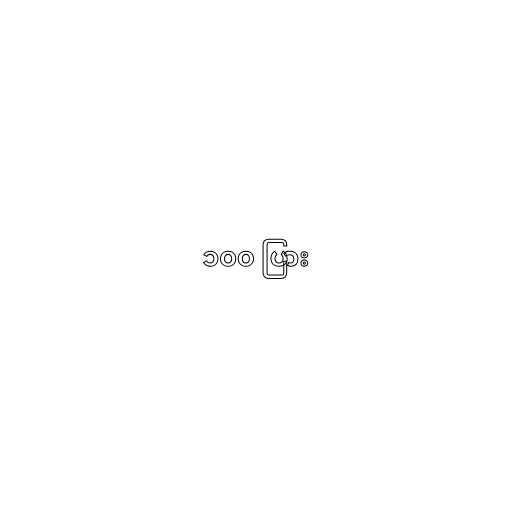
၁၀၀ ပြား